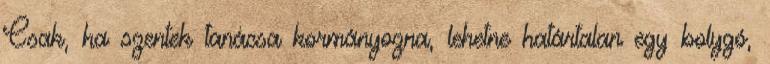
Csak, ha szentek tanácsa kormányozna, lehetne határtalan egy bolygó,